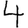
Digit: 4